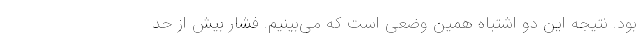
بود. نتیجه این دو اشتباه همین وضعی است که می‌بینیم. فشار بیش از حد